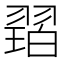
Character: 𱻠